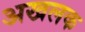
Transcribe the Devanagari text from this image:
अखलक